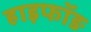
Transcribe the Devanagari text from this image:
हाइफॉङ